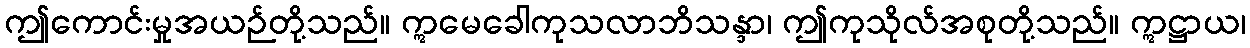
ဤကောင်းမှုအယဉ်တို့သည်။ ဣမေခေါကုသလာဘိသန္ဒာ၊ ဤကုသိုလ်အစုတို့သည်။ ဣဋ္ဌာယ၊